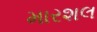
મારશલ